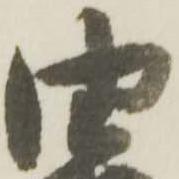
由